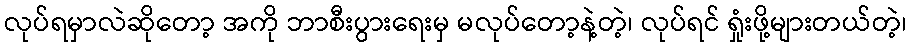
လုပ်ရမှာလဲဆိုတော့ အကို ဘာစီးပွားရေးမှ မလုပ်တော့နဲ့တဲ့၊ လုပ်ရင် ရှုံးဖို့များတယ်တဲ့၊